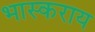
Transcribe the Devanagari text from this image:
भास्कराय